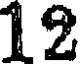
12